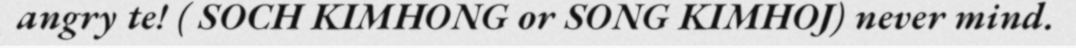
angry te! ( SOCH KIMHONG or SONG KIMHOJ) never mind.